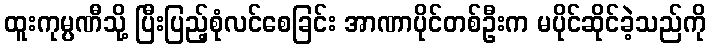
ထူးကုမ္ပဏီသို့ ပြီးပြည့်စုံလင်စေခြင်း အာဏာပိုင်တစ်ဦးက မပိုင်ဆိုင်ခဲ့သည်ကို